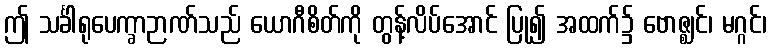
ဤ သင်္ခါရုပေက္ခာဉာဏ်သည် ယောဂီစိတ်ကို တွန့်လိပ်အောင် ပြု၍ အထက်၌ ဗောဇ္ဈင်၊ မဂ္ဂင်၊